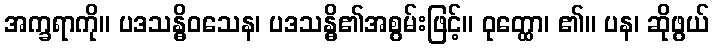
အက္ခရာကို။ ပဒသန္ဓိဝသေန၊ ပဒသန္ဓိ၏အစွမ်းဖြင့်။ ဝုတ္ထော၊ ၏။ ပန၊ ဆိုဖွယ်